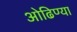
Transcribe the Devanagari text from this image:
ओढिण्या